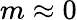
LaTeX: m\approx 0